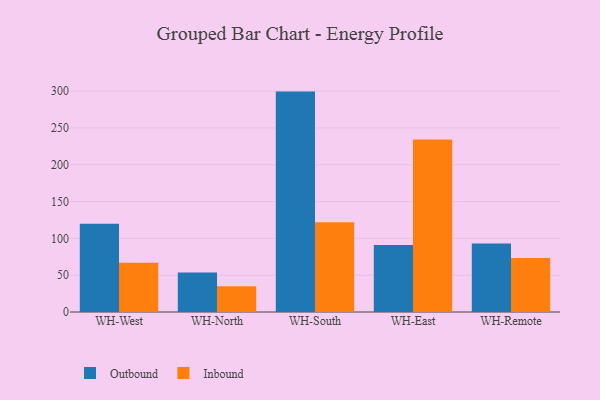
{"axis": {"x": "Warehouse", "y": "Satisfaction Score"}, "legend": ["Inbound", "Outbound"], "data": [{"x": "WH-West", "y": 120.0, "type": "Outbound"}, {"x": "WH-West", "y": 66.9, "type": "Inbound"}, {"x": "WH-North", "y": 53.5, "type": "Outbound"}, {"x": "WH-North", "y": 34.9, "type": "Inbound"}, {"x": "WH-South", "y": 299.4, "type": "Outbound"}, {"x": "WH-South", "y": 122.0, "type": "Inbound"}, {"x": "WH-East", "y": 91.0, "type": "Outbound"}, {"x": "WH-East", "y": 234.3, "type": "Inbound"}, {"x": "WH-Remote", "y": 93.1, "type": "Outbound"}, {"x": "WH-Remote", "y": 73.2, "type": "Inbound"}]}